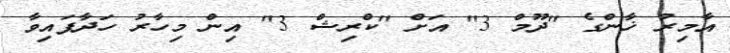
އާމިރު ޚާންގެ "ދޫމް 3" އަށް "ކްރިޝް 3" އިން މިހާރު ހަދާފައިވާ